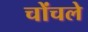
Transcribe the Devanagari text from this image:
चोंचले